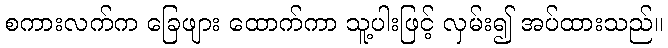
စကားလက်က ခြေဖျား ထောက်ကာ သူ့ပါးဖြင့် လှမ်း၍ အပ်ထားသည်။